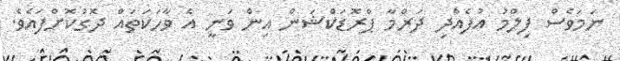
ނަމަވެސް ފިލްމު އުފެއްދި ދަރްމާ ޕްރޮޑަކްޝަން އިން ވަނީ އެ ވާހަކަތައް ދޮގުކޮށްފައެވެ.